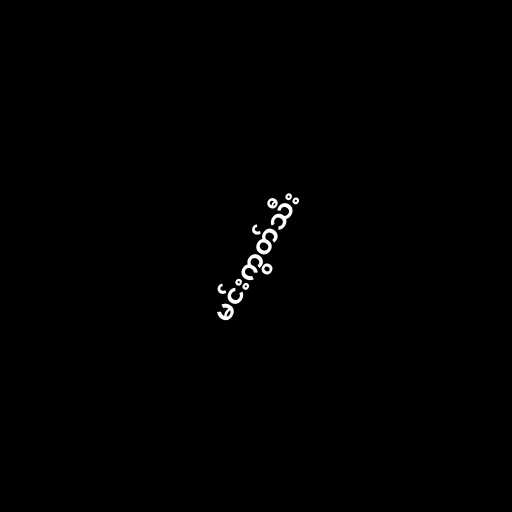
မင်းကွတ်သီး